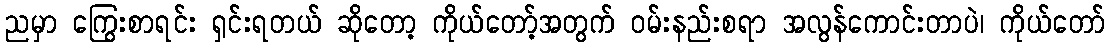
ညမှာ ကြွေးစာရင်း ရှင်းရတယ် ဆိုတော့ ကိုယ်တော့်အတွက် ဝမ်းနည်းစရာ အလွန်ကောင်းတာပဲ၊ ကိုယ်တော်